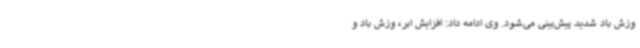
وزش باد شدید پیش‌بینی می‌شود. وی ادامه داد: افزایش ابر، وزش باد و